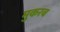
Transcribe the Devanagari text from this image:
मुकरब